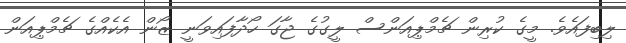
ލިބިފައެވެ. މީގެ ކުރިން ޗެމްޕިއަންސް ލީގުގެ ޖާގަ ހޯދާފައިވަނީ ޒޯން އެކެއްގެ ޗެމްޕިއަން